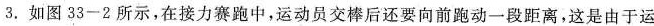
3.如图33-2所示，在接力赛跑中，运动员交棒后还要向前跑动一段距离，这是由于运